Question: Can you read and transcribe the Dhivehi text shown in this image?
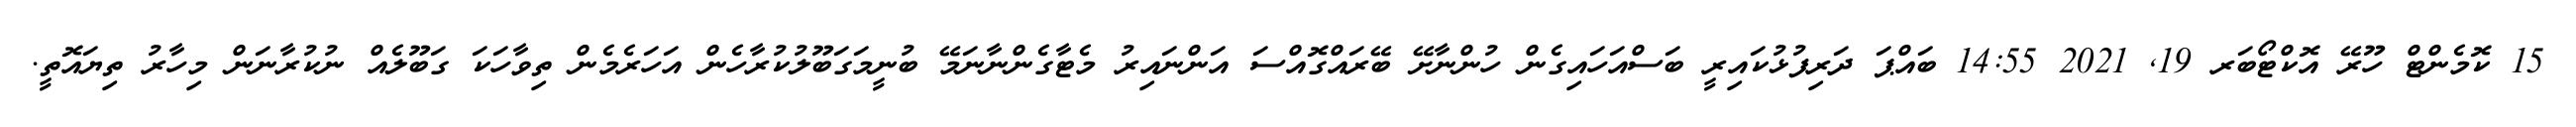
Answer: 15 ކޮމެންޓް ހޫރޭ އޮކްޓޯބަރ 19, 2021 14:55 ބައްޕަ ދަރިފުޅުކައިރީ ބަސްއަހައިގެން ހުންނާށޭ ބޭރައްގޮއްސަ އަންނައިރު މެޓާގެންނާނަމޭ ބުނީމަގަބޫލުކުރާހެން އަހަރެމެން ތިވާހަކަ ގަބޫލެއް ނުކުރާނަން މިހާރު ތިޔައޮތީ.